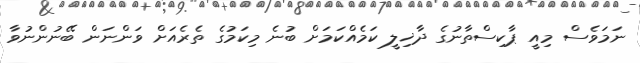
ނަމަވެސް މިއީ ޕާކިސްތާނުގެ ދާޚިލީ ކަމެއްކަމަށް ބުނެ މިކަމުގެ ތެރެއަށް ވަންނަން ބޭނުންނުވާ